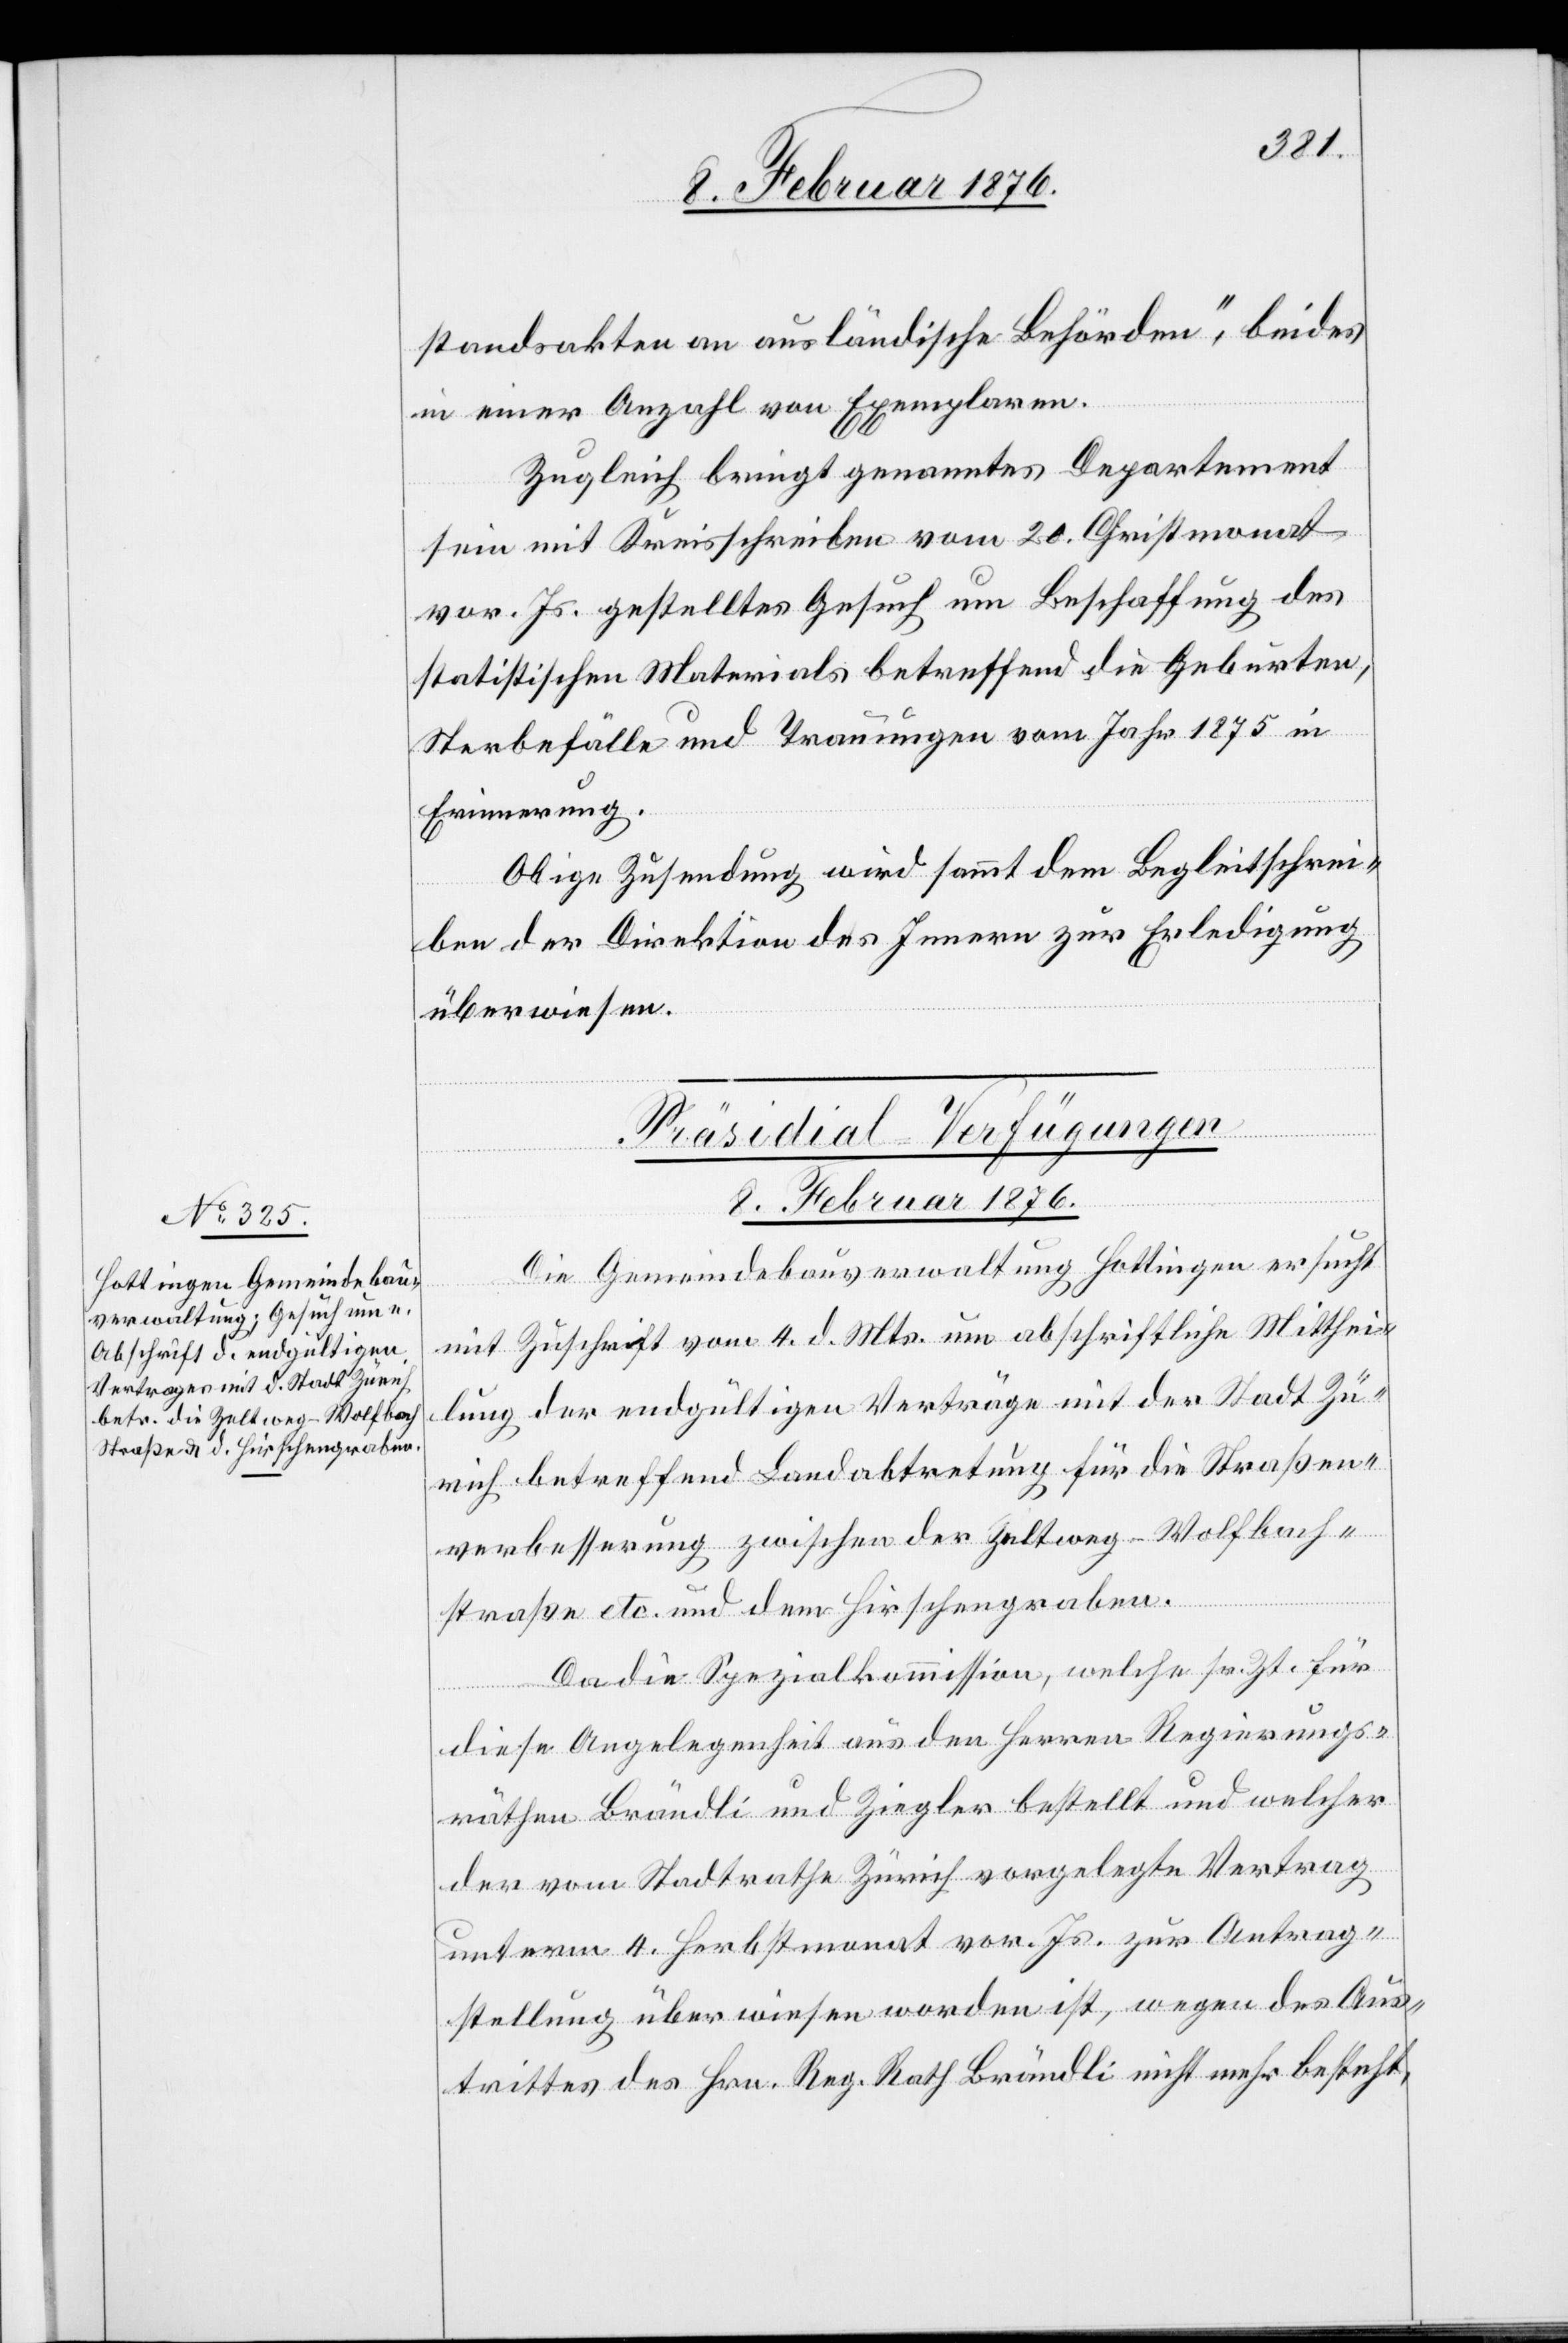
standsakten an ausländische Behörden“, beides
in einer Anzahl von Exemplaren.
Zugleich bringt genanntes Departement
sein mit Kreisschreiben vom 20. Christmonat
vor. Js. gestelltes Gesuch um Beschaffung des
statistischen Materials betreffend die Geburten,
Sterbefälle und Trauungen vom Jahr 1875 in
Erinnerung.
Obige Zusendung wird sammt dem Begleitschrei¬
ben der Direktion des Innern zu Erledigung
überwiesen.
Präsidial-Verfügungen
8. Februar 1876.
Die Gemeindebauverwaltung Hottingen ersucht
mit Zuschrift vom 4. d. Mts. um abschriftliche Mitthei¬
lung der endgültigen Verträge mit der Stadt Zü¬
rich betreffend Landabtretung für die Straßen¬
verbesserung zwischen der Zeltweg–Wolfbach¬
straße etc. und dem Hirschengraben.
Da die Spezialkommission, welche sr. Zt. für
diese Angelegenheit aus den Herren Regierungs¬
räthen Brändli und Ziegler bestellt und welcher
der vom Stadtrathe Zürich vorgelegte Vertrag
unterm 4. Herbstmonat vor. Js. zur Antrag¬
stellung überwiesen worden ist, wegen des Aus¬
trittes des Hrn. Reg. Rolf Brändli nicht mehr besteht,